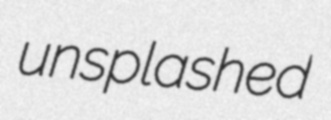
unsplashed